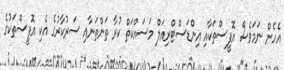
އެހެން ނަމަވެސް އޮފީސްތަކާއި އިންޑަސްޓްރިއަލް މަސައްކަތް ކުރާ ތަންތަނާއި ސަރުކާރުގެ އެކި އޮފީސްތަކުގެ